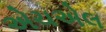
એચએલ